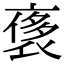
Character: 𧚤